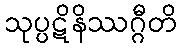
သုပ္ပဋိနိဿဂ္ဂီတိ